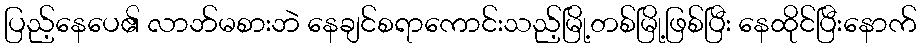
ပြည့်နေပေ၏ လာဘ်မစားဘဲ နေချင်စရာကောင်းသည့်မြို့တစ်မြို့ဖြစ်ပြီး နေထိုင်ပြီးနောက်